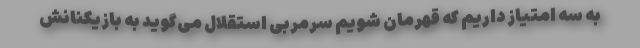
به سه امتیاز داریم که قهرمان شویم سرمربی استقلال می‌گوید به بازیکنانش